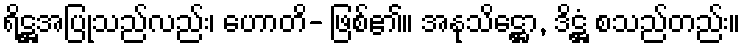
ရိဋ္ဌအပြုသည်လည်း၊ ဟောတိ- ဖြစ်၏။ အနုသိဋ္ဌော, ဒိဋ္ဌံ စသည်တည်း။